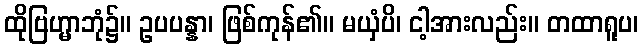
ထိုဗြဟ္မာဘုံ၌။ ဥပပန္နာ၊ ဖြစ်ကုန်၏။ မယှံပိ၊ ငါ့အားလည်း။ တထာရူပ၊